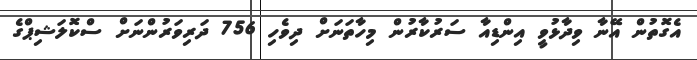
އެގޮތުން އޭނާ ވިދާޅުވީ އިންޑިއާ ސަރުކާރުން މިހާތަނަށް ދިވެހި 756 ދަރިވަރުންނަށް ސްކޮލަޝިޕްގެ